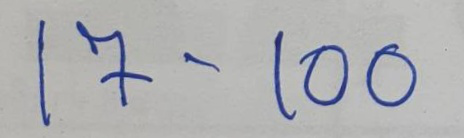
17 - 100